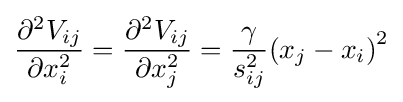
{\partial ^{2}V_{ij} \over \partial x_{i}^{2}}={\partial ^{2}V_{ij} \over \partial x_{j}^{2}}={\gamma  \over s_{ij}^{2}}{(x_{j}-x_{i})}^{2}